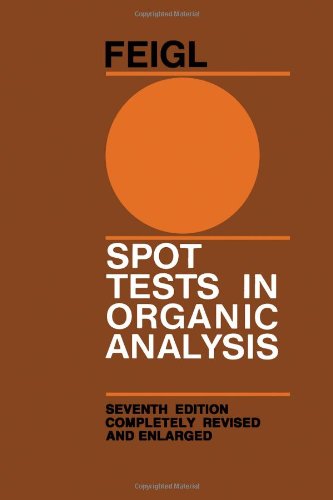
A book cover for Spot Tests in Organic Analysis, 7th Edition; F. Feigl; Science & Math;